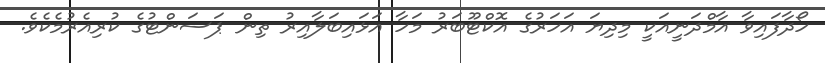
ހޯދާފައިވާ އާމްދަނީއަކީ މިދިޔަ އަހަރުގެ އޮކްޓޫބަރު މަހާ އަޅައިބަލާއިރު ތިން ޕަސަންޓުގެ ކުރިއެރުމެކެވެ.